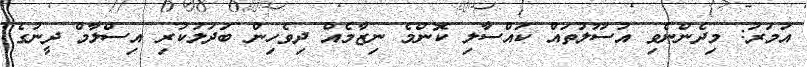
އުމަރު: މިދެންނެވި އުސޫލުތައް ކައްސާލި ކޮންމެ ނިޒާމެއް ދިވެހިން ބަދަލުކުރި އިސްލާމް ދީނުގެ